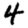
Digit: 4